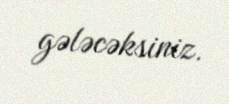
gələcəksiniz.